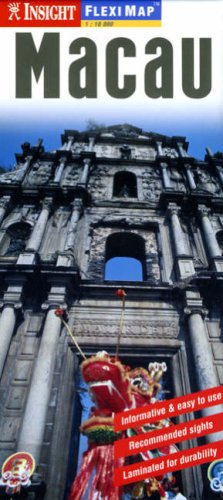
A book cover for Insight Flexi Map: Macau (Insight Flexi Maps); Travel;